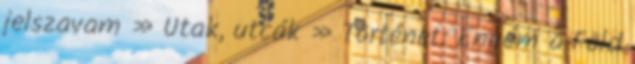
jelszavam » Utak, utcák » Történet: Enyém a Föld